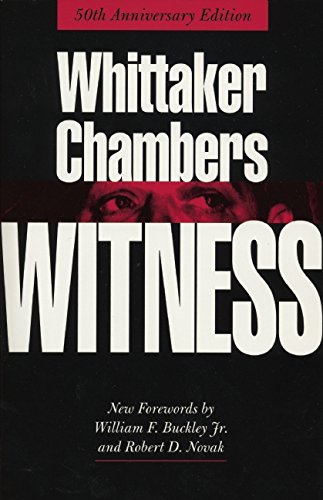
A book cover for Witness; Whittaker Chambers; Biographies & Memoirs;